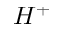
H ^ { + }